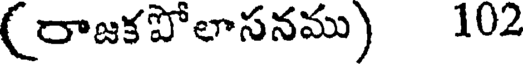
(రాజకపోలాసనము) 102